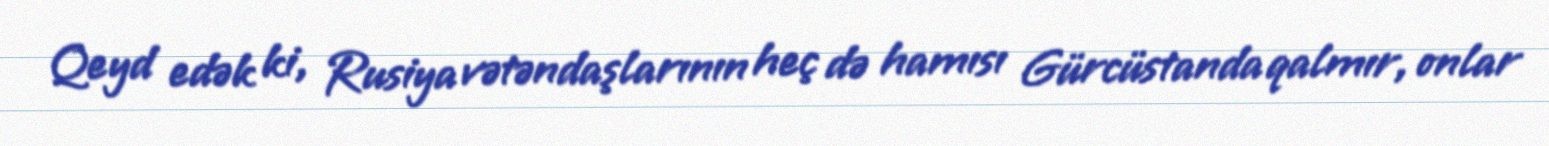
Qeyd edək ki, Rusiya vətəndaşlarının heç də hamısı Gürcüstanda qalmır, onlar